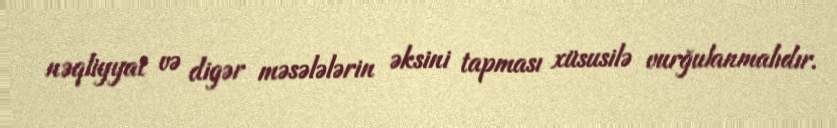
nəqliyyat və digər məsələlərin əksini tapması xüsusilə vurğulanmalıdır.